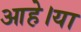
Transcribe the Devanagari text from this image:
आहे।या